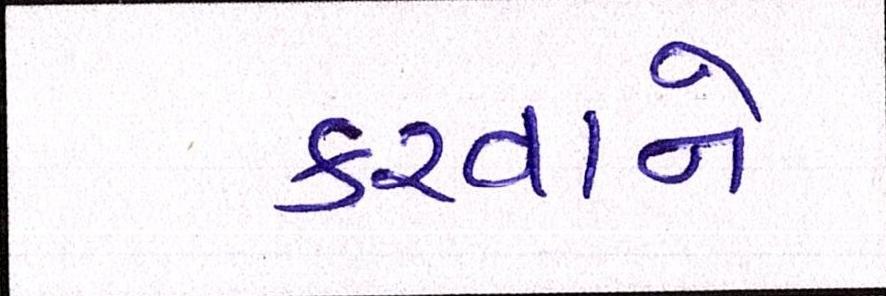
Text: કરવાને